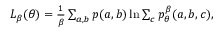
\begin{array} { r } { L _ { \beta } ( \theta ) = \frac { 1 } { \beta } \sum _ { a , b } p ( a , b ) \ln \sum _ { c } p _ { \theta } ^ { \beta } ( a , b , c ) , } \end{array}